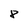
Character: 8